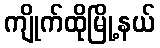
ကျိုက်ထိုမြို့နယ်